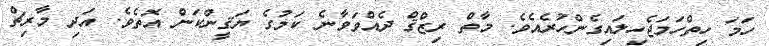
ހަމަ ހިތްހަމަޖެހިލައިގެންހުރެއެވެ. މާތް ރިޒްޤް ދެއްވަވާނެ ކަމުގެ ޔަޤީންކަން އޮތެވެ. އަދި މާރިޗް